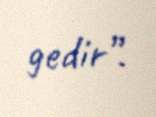
gedir”.